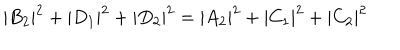
LaTeX: | B _ { 2 } | ^ { 2 } + | D _ { 1 } | ^ { 2 } + | D _ { 2 } | ^ { 2 } = | A _ { 2 } | ^ { 2 } + | C _ { 1 } | ^ { 2 } + | C _ { 2 } | ^ { 2 }